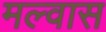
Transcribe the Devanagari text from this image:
मल्वास